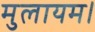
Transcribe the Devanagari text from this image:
मुलायम।